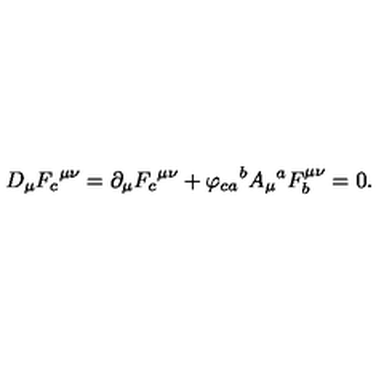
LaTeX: D _ { \mu } { F _ { c } } ^ { \mu \nu } = \partial _ { \mu } { F _ { c } } ^ { \mu \nu } + { \varphi _ { c a } } ^ { b } { A _ { \mu } } ^ { a } F _ { b } ^ { \mu \nu } = 0 .